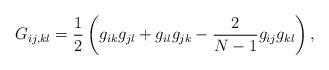
LaTeX: \begin{align*}G_{ij,kl} = \frac{1}{2} \left(g_{ik} g_{jl} + g_{il} g_{jk} -\frac{2}{N-1} g_{ij} g_{kl}\right),\end{align*}